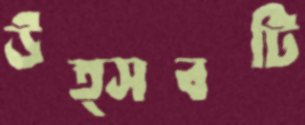
উত্সবটি